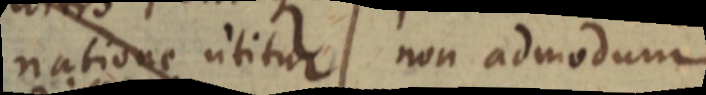
natione utitur non admodum